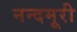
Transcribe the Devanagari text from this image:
नन्दमूरी